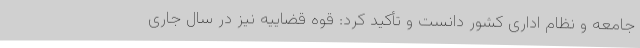
جامعه و نظام اداری کشور دانست و تأکید کرد: قوه قضاییه نیز در سال جاری